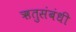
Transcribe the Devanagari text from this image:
ऋतुसंबंधी